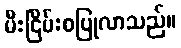
မီးငြိမ်းစပြုလာသည်။